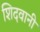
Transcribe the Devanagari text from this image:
शिदवानी